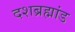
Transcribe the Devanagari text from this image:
दशब्रह्मांड